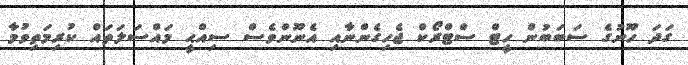
ގަދަ ހޫނުގެ ސަބަބުން ހީޓް ސްޓްރޯކް ޖެހިގެންނާއި އެނޫންވެސް ސިއްޙީ މައްސަލަތައް ކުރިމަތިވުމާ